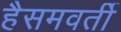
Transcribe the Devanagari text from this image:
हैसमवर्ती